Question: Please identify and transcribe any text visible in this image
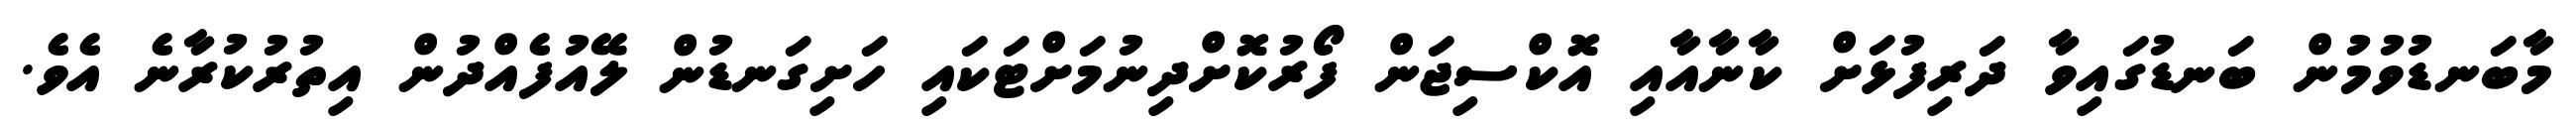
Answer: މާބަނޑުވުމުން ބަނޑުގައިވާ ދަރިފުޅަށް ކާނާއާއި އޮކްސިޖަން ފޯރުކޮށްދިނުމަށްޓަކައި ހަށިގަނޑުން ލޭއުފެއްދުން އިތުރުކުރާނެ އެވެ.